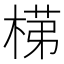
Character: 𭪺